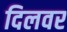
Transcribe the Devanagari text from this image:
दिलवर